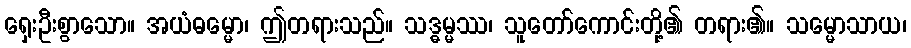
ရှေးဦးစွာသော။ အယံဓမ္မော၊ ဤတရားသည်။ သဒ္ဓမ္မဿ၊ သူတော်ကောင်းတို့၏ တရား၏။ သမ္မောသာယ၊